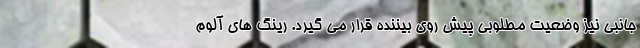
جانبی نیز وضعیت مطلوبی پیش روی بیننده قرار می گیرد. رینگ های آلوم